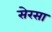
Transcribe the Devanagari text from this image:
सेरसा